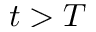
t > T